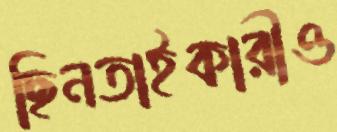
ছিনতাইকারীও